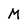
Character: M